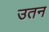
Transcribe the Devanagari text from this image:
उतन